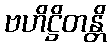
ဗဟိဋ္ဌိတန္တိ